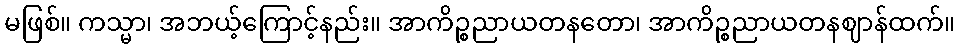
မဖြစ်။ ကသ္မာ၊ အဘယ့်ကြောင့်နည်း။ အာကိဉ္စညာယတနတော၊ အာကိဉ္စညာယတနဈာန်ထက်။